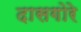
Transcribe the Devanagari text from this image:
दासगोरे